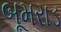
બૂમરાડ